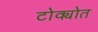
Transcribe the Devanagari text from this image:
टोक्योत